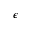
\epsilon